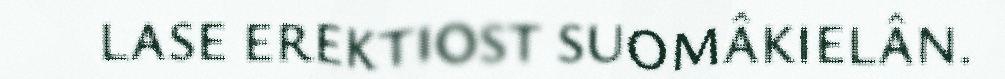
LASE EREKTIOST SUOMÂKIELÂN.